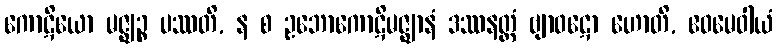
ကောဋိယော မဇ္ဈဉ္စ ပဿတိ, န စ ဥဘောကောဋိမဇ္ဈာနံ ဒဿနတ္ထံ ဗျာဝဋော ဟောတိ, ဧဝမေဝါယံ